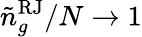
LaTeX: {\tilde{n}}_{g}^{\mathrm{RJ}}/N\to 1